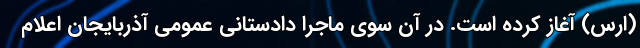
(ارس) آغاز کرده است. در آن سوی ماجرا دادستانی عمومی آذربایجان اعلام